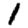
Digit: 1